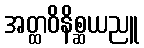
အတ္ထဝိနိစ္ဆယညူ